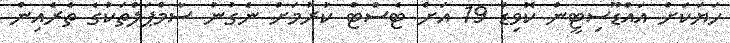
ހަޔަކަށް އައްޑޫސިޓީން ކޮވިޑް 19 އަށް ޓެސްޓް ކުރުމަށް ނެގުނު ސާމްޕަލްތަކުގެ ތެރެއިން